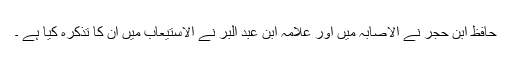
حافظ ابن حجر نے الاصابہ میں اور علامہ ابن عبد البر نے الاستیعاب میں ان کا تذکرہ کیا ہے ۔